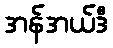
အန်အယ်ဒီ